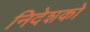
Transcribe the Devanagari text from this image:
निदेशको